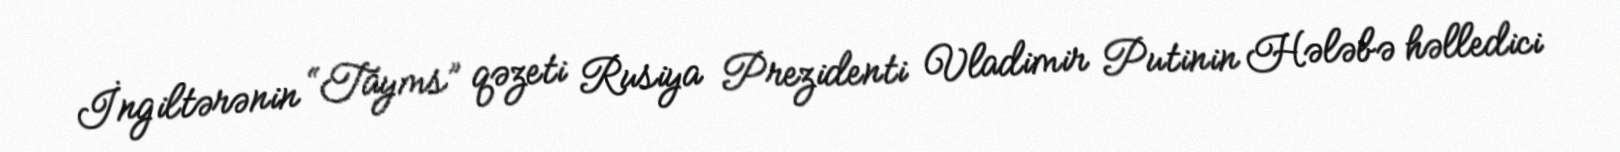
İngiltərənin “Tayms” qəzeti Rusiya Prezidenti Vladimir Putinin Hələbə həlledici